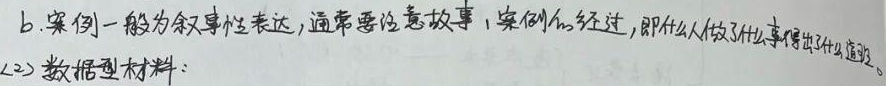
b. 案例一般为叙事性表达，通常要注意故事、案例的经过，即什么人做了什么事得出了什么道理。(2) 数据型材料：